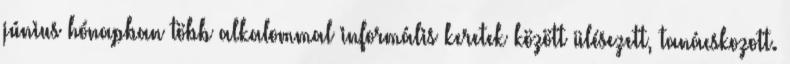
június hónapban több alkalommal informális keretek között ülésezett, tanácskozott.